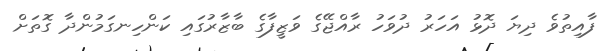
ފާއިތުވެ ދިޔަ ދޮޅު އަހަރު ދުވަހު ރާއްޖޭގެ ވަޒީފާގެ ބާޒާރުގައި ކަންހިނގަމުންދާ ގޮތަށް